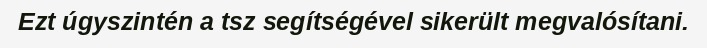
Ezt úgyszintén a tsz segítségével sikerült megvalósítani.